Lyperosia minuta, Bezzi - Number 59
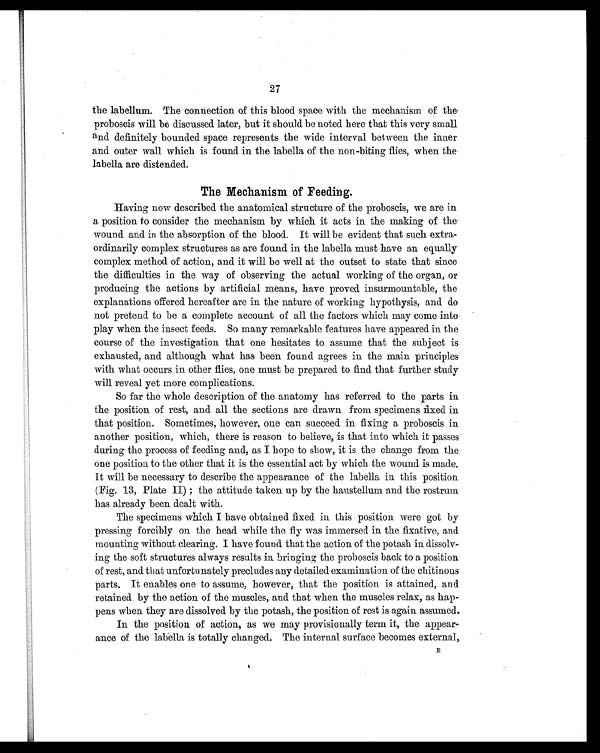
27
the labellum. The connection of this blood space with the mechanism of the
proboscis will be discussed later, but it should be noted here that this very small
and definitely bounded space represents the wide interval between the inner
and outer wall which is found in the labella of the non-biting flies, when the
labella are distended.
The Mechanism of Feeding.
Having now described the anatomical structure of the proboscis, we are in
a position to consider the mechanism by which it acts in the making of the
wound and in the absorption of the blood. It will be evident that such extra
-ordinarily complex structures as are found in the labella must have an equally
complex method of action, and it will be well at the outset to state that since
the difficulties in the way of observing the actual working of the organ, or
producing the actions by artificial means, have proved insurmountable, the
explanations offered hereafter are in the nature of working hypothysis, and do
not pretend to be a complete account of all the factors which may come into
play when the insect feeds. So many remarkable features have appeared in the
course of the investigation that one hesitates to assume that the subject is
exhausted, and although what has been found agrees in the main principles
with what occurs in other flies, one must be prepared to find that further study
will reveal yet more complications.
So far the whole description of the anatomy has referred to the parts in
the position of rest, and all the sections are drawn from specimens fixed in
that position. Sometimes, however, one can succeed in fixing a proboscis in
another position, which, there is reason to believe, is that into which it passes
during the process of feeding and, as I hope to show, it is the change from the
one position to the other that it is the essential act by which the wound is made.
It will be necessary to describe the appearance of the labella in this position
(Fig. 13, Plate II) ; the attitude taken up by the haustellum and the rostrum
has already been dealt with.
The specimens which I have obtained fixed in this position were got by
pressing forcibly on the head while the fly was immersed in the fixative, and
mounting without clearing. I have found that the action of the potash in dissolv-
ing the soft structures always results in bringing the proboscis back to a position
of rest, and that unfortunately precludes any detailed examination of the chitinous
parts. It enables one to assume, however, that the position is attained, and
retained by the action of the muscles, and that when the muscles relax, as hap-
pens when they are dissolved by the potash, the position of rest is again assumed.
In the position of action, as we may provisionally term it, the appear-
ance of the labella is totally changed The internal surface becomes external,.
E